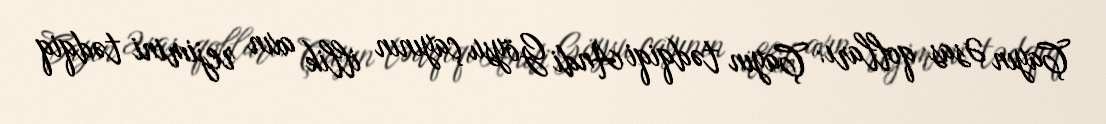
Çayın Əsas qolları: Çayın tədqiqi Andi Göysu çayının illik axın rejimini tədqiq